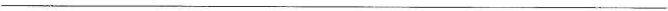
___